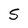
Character: S